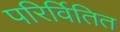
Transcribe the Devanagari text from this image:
परिर्वितित